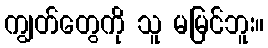
ကျွတ်တွေကို သူ မမြင်ဘူး။